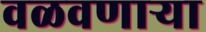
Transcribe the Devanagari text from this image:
वळवणाऱ्या